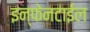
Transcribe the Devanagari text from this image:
इन्फेनटाईल